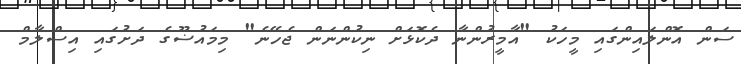
ސަން އޮންލައިންގައި މީހަކު "އާމީރުންނާ ދެކޮޅަށް ނިކުންނަން ޖެހޭނެ" މިމައުޟޫގެ ދަށުގައި އިސްލާމް